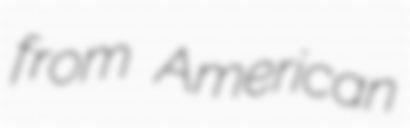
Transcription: from American